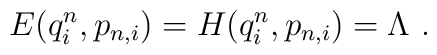
E(q^n_i,p_{n,i})=H(q^n_i,p_{n,i})=\Lambda\ .